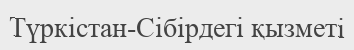
Түркістан-Сібірдегі қызметі